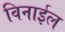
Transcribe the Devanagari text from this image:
विनाईल